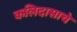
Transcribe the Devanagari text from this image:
कलिदासाचे